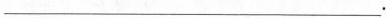
___.